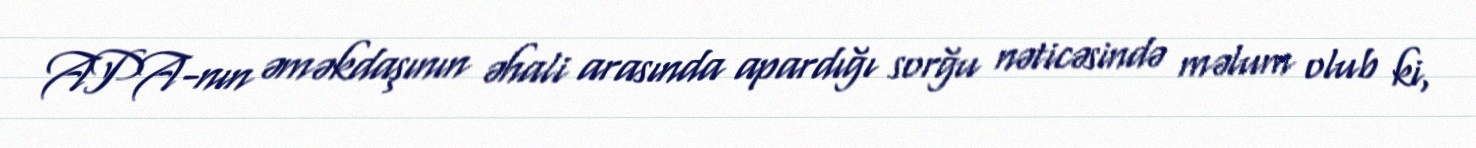
APA-nın əməkdaşının əhali arasında apardığı sorğu nəticəsində məlum olub ki,